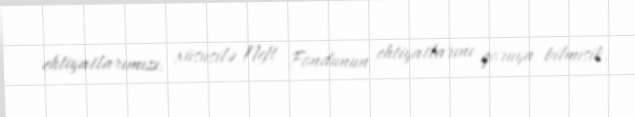
ehtiyatlarımızı, xüsusilə Neft Fondunun ehtiyatlarını qoruya bilmişik.